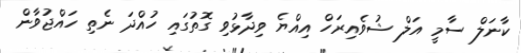
ކާނަލް ސާމީ އަލް ޝުވެއިރަހް އިއްޔެ ވިދާޅުވި ގޮތުގައި ހުއްދަ ނެތި ހައްޖުވާން